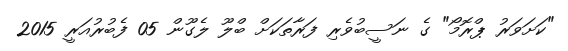
"ކަށަވަރު ޕްރޮމޯ" ގެ ނަސީބުވެރި ފަރާތަކަށް ބްލޫ ލެގޫން 05 ފެބުރުއަރީ 2015